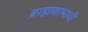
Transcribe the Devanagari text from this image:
ब्राह्मणाभावीं